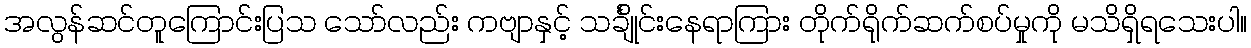
အလွန်ဆင်တူကြောင်းပြသ သော်လည်း ကဗျာနှင့် သင်္ချိုင်းနေရာကြား တိုက်ရိုက်ဆက်စပ်မှုကို မသိရှိရသေးပါ။